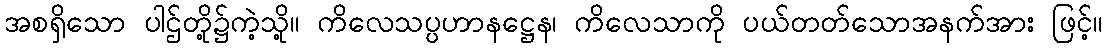
အစရှိသော ပါဌ်တို့၌ကဲ့သို့။ ကိလေသပ္ပဟာနဋ္ဌေန၊ ကိလေသာကို ပယ်တတ်သောအနက်အား ဖြင့်။